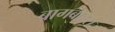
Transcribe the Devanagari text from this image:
बागबाहरा